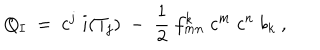
LaTeX: Q _ { I } \ = \ c ^ { j } \; i ( T _ { j } ) \; - \; \frac 1 2 \ f _ { m n } ^ { k } \; c ^ { m } \; c ^ { n } \; b _ { k } \ ,